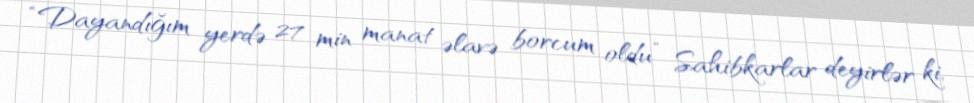
“Dayandığım yerdə 27 min manat əlavə borcum oldu” Sahibkarlar deyirlər ki,